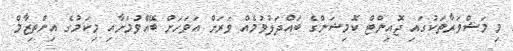
މި މަޝްވަރާތަކުގައި ޖޮއިންޓް ކޮމިޝަންގެ ބައްދަލުވުމެއް ވަރަށް އަވަހަށް ބޭއްވުމަށާއި މިކަމުގެ އިންތިޒާމް